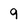
Character: 9